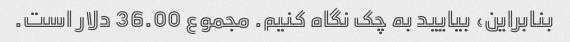
بنابراین، بیایید به چک نگاه کنیم. مجموع 36.00 دلار است.